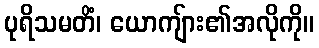
ပုရိသမတိံ၊ ယောကျ်ား၏အလိုကို။